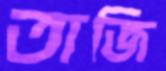
তাজি